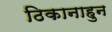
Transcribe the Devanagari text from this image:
ठिकानाहुन